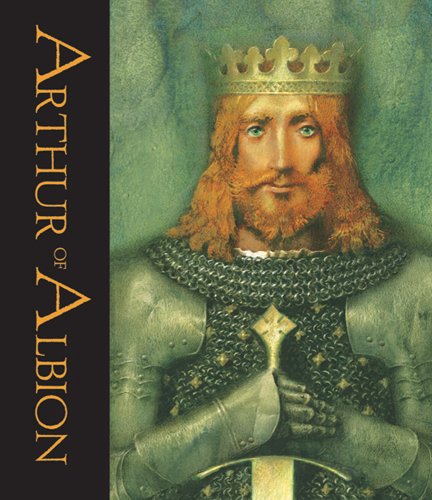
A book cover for Arthur of Albion; John Matthews; Children's Books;